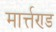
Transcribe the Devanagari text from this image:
मार्त्तण्ड